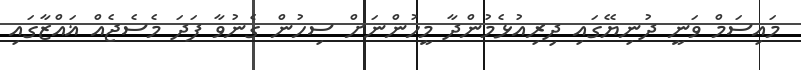
މައިސަމް ވަނީ ދުނިޔޭގައި ދިރިއުޅެމުންދާ މީހުންނަށް ސިހުން ގެނުވާ ފަދަ މެސެޖެއް ޣައްޒާގައި